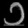
Digit: ၁